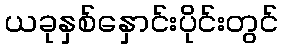
ယခုနှစ်နှောင်းပိုင်းတွင်